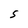
Character: S